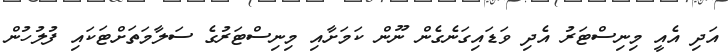
އަދި އެއީ މިނިސްޓަރު އެދި ވަޑައިގަނެގެން ނޫން ކަމަށާއި މިނިސްޓަރުގެ ސަލާމަތަށްޓަކައި ފުލުހުން